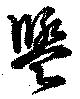
盥